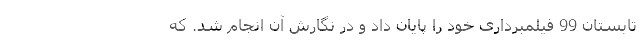
تابستان 99 فیلمبرداری خود را پایان داد و در نگارش آن انجام شد. که